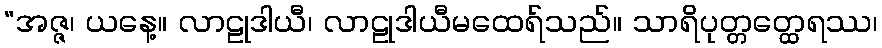
“အဇ္ဇ၊ ယနေ့။ လာဠုဒါယီ၊ လာဠုဒါယီမထေရ်သည်။ သာရိပုတ္တတ္ထေရဿ၊